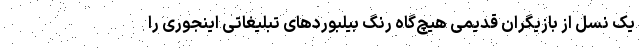
یک نسل از بازیگران قدیمی هیچ‌گاه رنگ بیلبوردهای تبلیغاتی اینجوری را